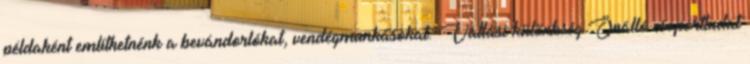
példaként említhetnénk a bevándorlókat, vendégmunkásokat. Vallási különbség Önálló csoporttudat